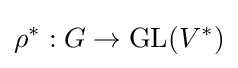
\rho ^{*}:G\to {\text{GL}}(V^{*})